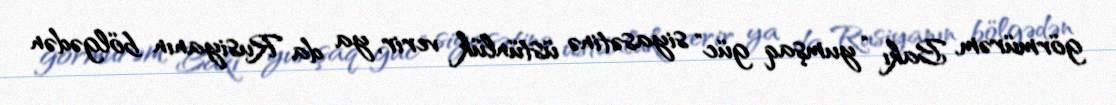
görmürəm, Bakı “yumşaq güc” siyasətinə üstünlük verir, ya da Rusiyanın bölgədən